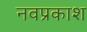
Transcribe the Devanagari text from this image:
नवप्रकाश